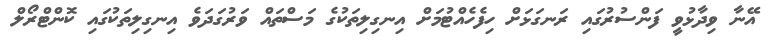
އޭނާ ވިދާޅުވީ ފަންސުރުގައި ރަނގަޅަށް ހިފެހެއްޓުމަށް އިނގިލިތަކުގެ މަސްތައް ވަރުގަދަވެ އިނގިލިތަކުގައި ކޮންޓްރޯލް